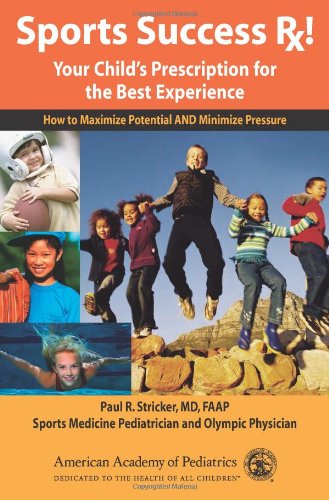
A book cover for Sports Succes RX!: Your Child's Prescription for the Best Experience; Paul R. Stricker; Sports & Outdoors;